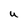
Character: U